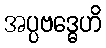
အပ္ပဗဒ္ဓေဟိ